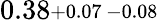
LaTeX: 0.38\substack{+0.07\, -0.08}